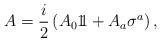
LaTeX: \begin{align*}A = {i \over 2} \left( A_0 1\!\! 1 +A_a \sigma^a \right) ,\end{align*}